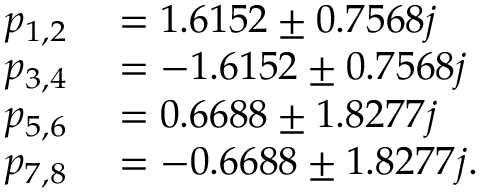
\begin{array} { r l } { p _ { 1 , 2 } } & { { } = 1 . 6 1 5 2 \pm 0 . 7 5 6 8 j } \\ { p _ { 3 , 4 } } & { { } = - 1 . 6 1 5 2 \pm 0 . 7 5 6 8 j } \\ { p _ { 5 , 6 } } & { { } = 0 . 6 6 8 8 \pm 1 . 8 2 7 7 j } \\ { p _ { 7 , 8 } } & { { } = - 0 . 6 6 8 8 \pm 1 . 8 2 7 7 j . } \end{array}